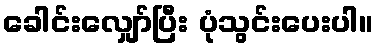
ခေါင်းလျှော်ပြီး ပုံသွင်းပေးပါ။